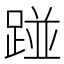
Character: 踫